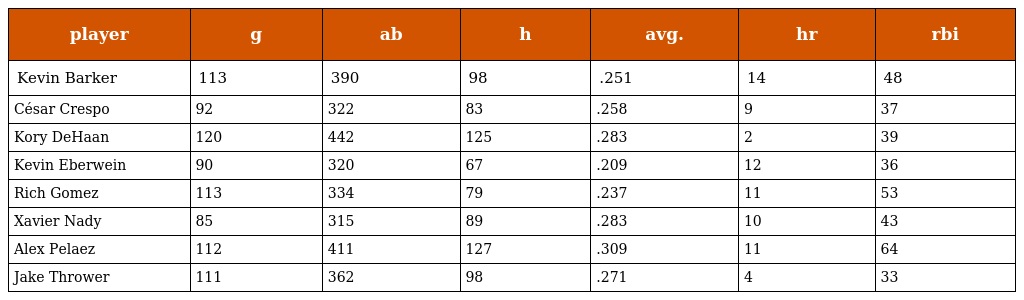
| player | g | ab | h | avg. | hr | rbi |
 | --- | --- | --- | --- | --- | --- | --- |
 | Kevin Barker | 113 | 390 | 98 | .251 | 14 | 48 |
 | César Crespo | 92 | 322 | 83 | .258 | 9 | 37 |
 | Kory DeHaan | 120 | 442 | 125 | .283 | 2 | 39 |
 | Kevin Eberwein | 90 | 320 | 67 | .209 | 12 | 36 |
 | Rich Gomez | 113 | 334 | 79 | .237 | 11 | 53 |
 | Xavier Nady | 85 | 315 | 89 | .283 | 10 | 43 |
 | Alex Pelaez | 112 | 411 | 127 | .309 | 11 | 64 |
 | Jake Thrower | 111 | 362 | 98 | .271 | 4 | 33 |